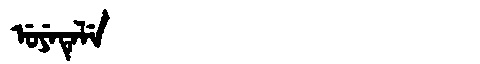
Manchu: ᡠᠶᡝᡨᡝᠯᡝ
Romanization: UYETELE